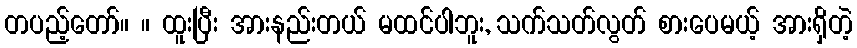
တပည့်တော်။ ။ ထူးပြီး အားနည်းတယ် မထင်ပါဘူး, သက်သတ်လွတ် စားပေမယ့် အားရှိတဲ့